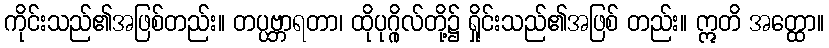
ကိုင်းသည်၏အဖြစ်တည်း။ တပ္ပဗ္ဘာရတာ၊ ထိုပုဂ္ဂိုလ်တို့၌ ရှိုင်းသည်၏အဖြစ် တည်း။ ဣတိ အတ္ထော။